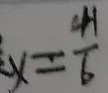
x = \frac { 4 1 } { 6 }